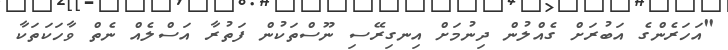
"އަހަރެންގެ އަބުރަށް ގެއްލުން ދިނުމަށް އިނގިރޭސި ނޫސްތަކުން ފަތުރާ އަސްލެއް ނެތް ވާހަކަތަކާ